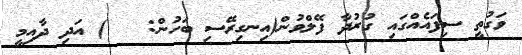
ވަގުތީ ސިފައެއްގައި ގުރުދާ ފޭލްވުން(އިނގިރޭސި ބަހުން:   ) އަދި ދާއިމީ